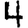
Digit: 4